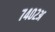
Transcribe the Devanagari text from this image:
७४०२अ